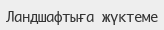
Ландшафтыға жүктеме